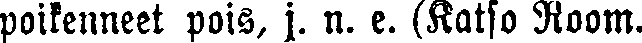
poikenneet pois, j. n. e. (Katso Room.